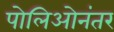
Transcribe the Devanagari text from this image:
पोलिओनंतर